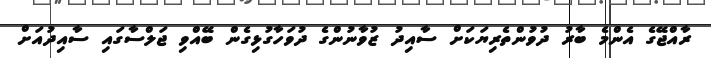
ރާއްޖޭގެ އެންމެ ބާރު ދުވުންތެރިޔަކަށް ސާއިދު ޒުވާނުންގެ ދުވަހާގުޅިގެން ބޭއްވި ޖަލްސާގައި ސާއިދުއަށް